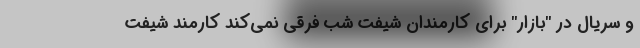
و سریال در "بازار" برای کارمندان شیفت شب فرقی نمی‌کند کارمند شیفت